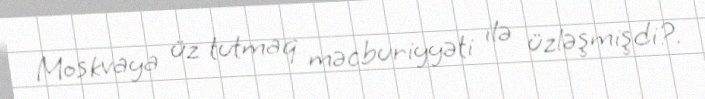
Moskvaya üz tutmaq məcburiyyəti ilə üzləşmişdi?.